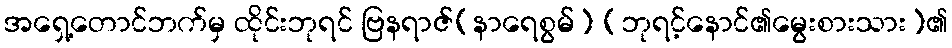
အရှေ့တောင်ဘက်မှ ထိုင်းဘုရင် ဗြနရာဇ်(နာရေစွမ်) (ဘုရင့်နောင်၏မွေးစားသား)၏